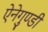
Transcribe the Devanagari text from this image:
ऐनेगुण्डी